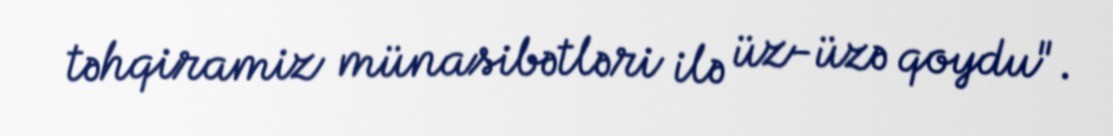
təhqiramiz münasibətləri ilə üz-üzə qoydu".